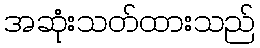
အဆုံးသတ်ထားသည်